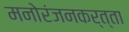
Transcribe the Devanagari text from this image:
मनोरंजनकर्त्ता